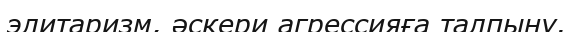
элитаризм, әскери агрессияға талпыну.